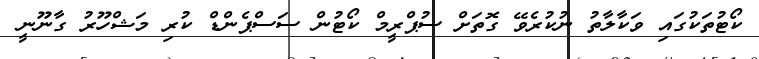
ކޯޓުތަކުގައި ވަކާލާތު ނުކުރެވޭ ގޮތަށް ސުޕްރީމް ކޯޓުން ސަސްޕެންޑް ކުރި މަޝްހޫރު ގާނޫނީ